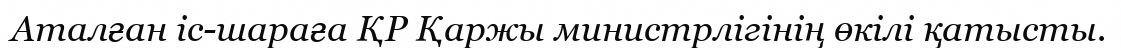
Аталған іс-шараға ҚР Қаржы министрлігінің өкілі қатысты.